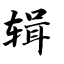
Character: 辑